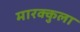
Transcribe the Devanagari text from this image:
मारक्कुला